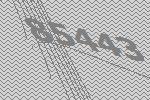
85443